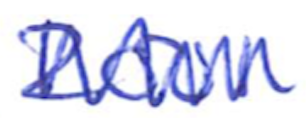
Text: 2001
Cross-out: zig-zag
Writing tool: ballpoint